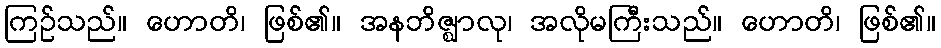
ကြဉ်သည်။ ဟောတိ၊ ဖြစ်၏။ အနဘိဇ္ဈာလု၊ အလိုမကြီးသည်။ ဟောတိ၊ ဖြစ်၏။